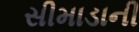
સીમાડાની